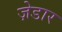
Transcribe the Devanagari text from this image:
ज़ेडार